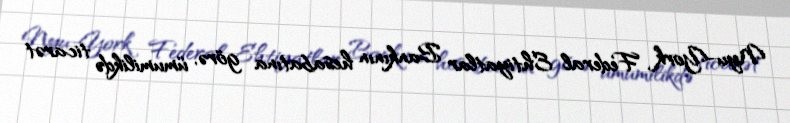
Nyu-York Federal Ehtiyatlar Bankının hesabatına görə, ümumilikdə ticarət